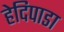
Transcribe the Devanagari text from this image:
हेदिपाडा